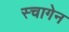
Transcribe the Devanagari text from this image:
स्चागेन